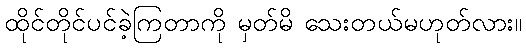
ထိုင်တိုင်ပင်ခဲ့ကြတာကို မှတ်မိ သေးတယ်မဟုတ်လား။